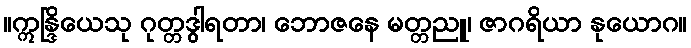
။ဣန္ဒြိယေသု ဂုတ္တဒွါရတာ၊ ဘောဇနေ မတ္တညူ၊ ဇာဂရိယာ နုယောဂ။